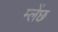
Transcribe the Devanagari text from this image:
म्लेंछ